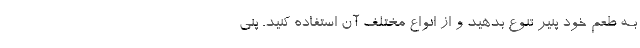
بـه طعم خود پنير تنوع بدهيد و از انواع مختلف آن استفاده كنيد. پني